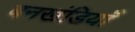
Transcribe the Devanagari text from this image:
बनखंडियाँ